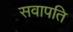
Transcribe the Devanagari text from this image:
सवापति